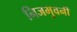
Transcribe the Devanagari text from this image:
निजभुवनीं